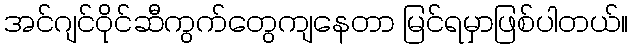
အင်ဂျင်ဝိုင်ဆီကွက်တွေကျနေတာ မြင်ရမှာဖြစ်ပါတယ်။